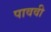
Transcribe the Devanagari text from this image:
पाववी